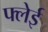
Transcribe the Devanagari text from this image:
फ्लेई